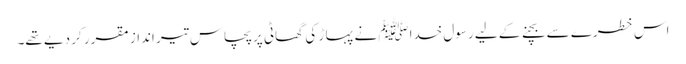
اس خطرے سے بچنے کے لیے رسول خداﷺ نے پہا ڑ کی گھاٹی پر پچاس تیر انداز مقرر کر دیے تھے۔